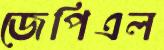
জেপিএল